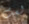
لست